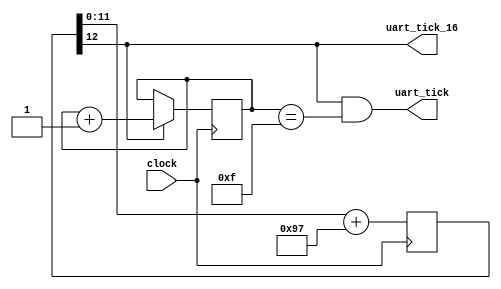
module UART_Clock_Generator (
    input   clock,
    output  uart_tick,
    output  uart_tick_16 //
);

    reg [12:0] accumulator = 13'd0;
    always @ (posedge clock) begin
        //accumulator[12] <= ~accumulator[12];
        accumulator <= accumulator[11:0] + 12'd151;
    end

    assign uart_tick_16 = (accumulator[12]);
    //assign uart_tick_16 = clock;

    reg [3:0] counter = 4'd0;
    always @ (posedge clock) begin
        counter <= (uart_tick_16) ? counter + 1'b1 : counter;
    end
    assign uart_tick = (uart_tick_16 == 4'd1 && counter == 4'd15);


endmodule